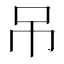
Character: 吊